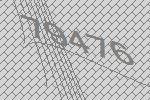
79476